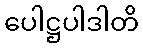
ပေါဋ္ဌပါဒါတိ